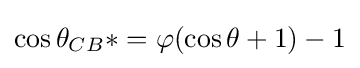
\cos \theta _{CB}*=\varphi (\cos \theta +1)-1